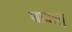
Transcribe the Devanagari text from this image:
धावालु